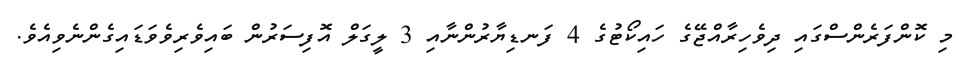
މި ކޮންފަރެންސްގައި ދިވެހިރާއްޖޭގެ ހައިކޯޓުގެ 4 ފަނޑިޔާރުންނާއި 3 ލީގަލް އޮފިސަރުން ބައިވެރިވެވަޑައިގެންނެވިއެވެ.